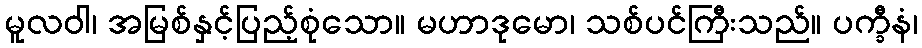
မူလဝါ၊ အမြစ်နှင့်ပြည့်စုံသော။ မဟာဒုမော၊ သစ်ပင်ကြီးသည်။ ပက္ခီနံ၊